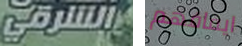
الشرقي ايقافهم